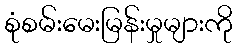
စုံစမ်းမေးမြန်းမှုများကို